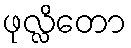
ဖုလ္လိတော